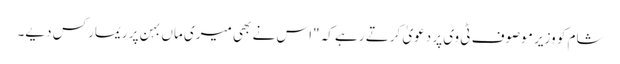
شام کو وزیر موصوف ٹی وی پر دعویٰ کرتے رہے کہ "اس نے بھی میری ماں بہن پر ریمارکس دیے۔